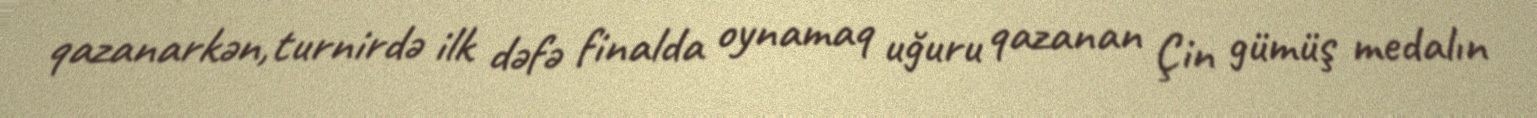
qazanarkən,turnirdə ilk dəfə finalda oynamaq uğuru qazanan Çin gümüş medalın